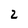
Character: 2